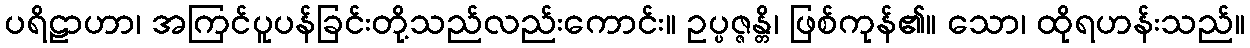
ပရိဠာဟာ၊ အကြင်ပူပန်ခြင်းတို့သည်လည်းကောင်း။ ဥပ္ပဇ္ဇန္တိ၊ ဖြစ်ကုန်၏။ သော၊ ထိုရဟန်းသည်။